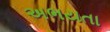
અભયતા